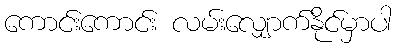
ကောင်းကောင်း လမ်းလျှောက်နိုင်မှာပါ